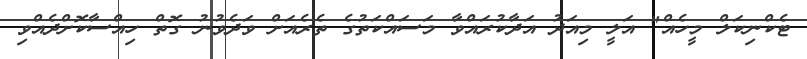
ޓެކްނިކަލް މީހެއް" އަލީ މިއަދު އަދާކުރައްވާ މަސައްކަތުގެ ތެރެއަށް ވަދެވުނު ގޮތް ހިއްސާކޮށްދެއްވި